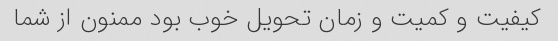
کیفیت و کمیت و زمان تحویل خوب بود ممنون از شما